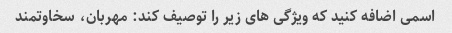
اسمی اضافه کنید که ویژگی های زیر را توصیف کند: مهربان، سخاوتمند